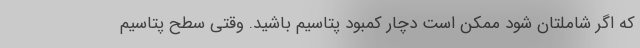
که اگر شاملتان شود ممکن است دچار کمبود پتاسیم باشید. وقتی سطح پتاسیم